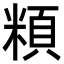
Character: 頪